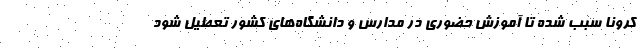
کرونا سبب شده تا آموزش حضوری در مدارس و دانشگاه‌های کشور تعطیل شود